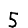
Digit: 5